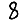
Digit: 8